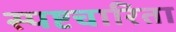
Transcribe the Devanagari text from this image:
स्पष्टचारिता